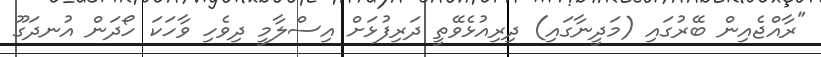
"ރާއްޖެއިން ބޭރުގައި (މަދީނާގައި) ދިރިއުޅެވޭތީ ދަރިފުޅަށް އިސްލާމީ ދިވެހި ވާހަކަ ހޯދަން އުނދަގޫ